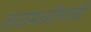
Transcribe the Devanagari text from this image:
तळमळीपायी